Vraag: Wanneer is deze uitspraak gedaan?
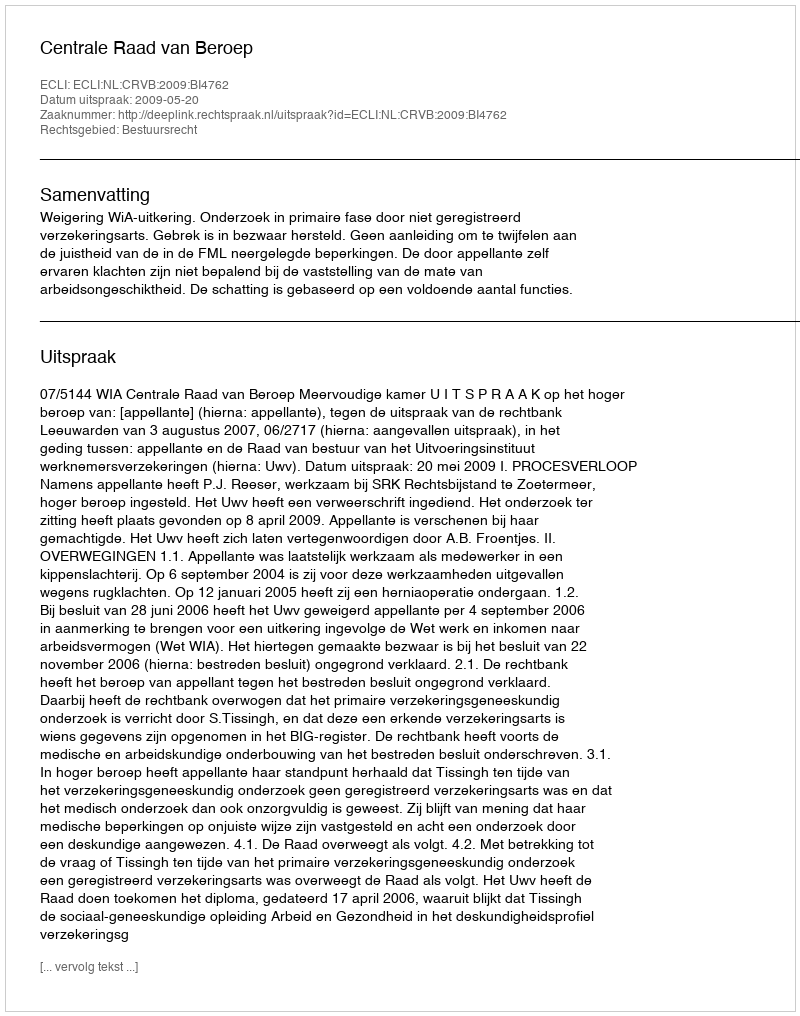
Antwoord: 2009-05-20